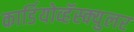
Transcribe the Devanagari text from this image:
कार्डियोव्हॅस्क्युलर